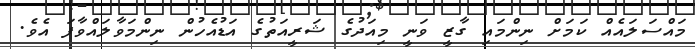
މައްސަލައެއް ކަމަށް ނިންމައި ގާޒީ ވަނީ މިއަދުގެ ޝަރީއަތުގެ އަޑުއެހުން ނިންމަވާލައްވާފަ އެވެ.